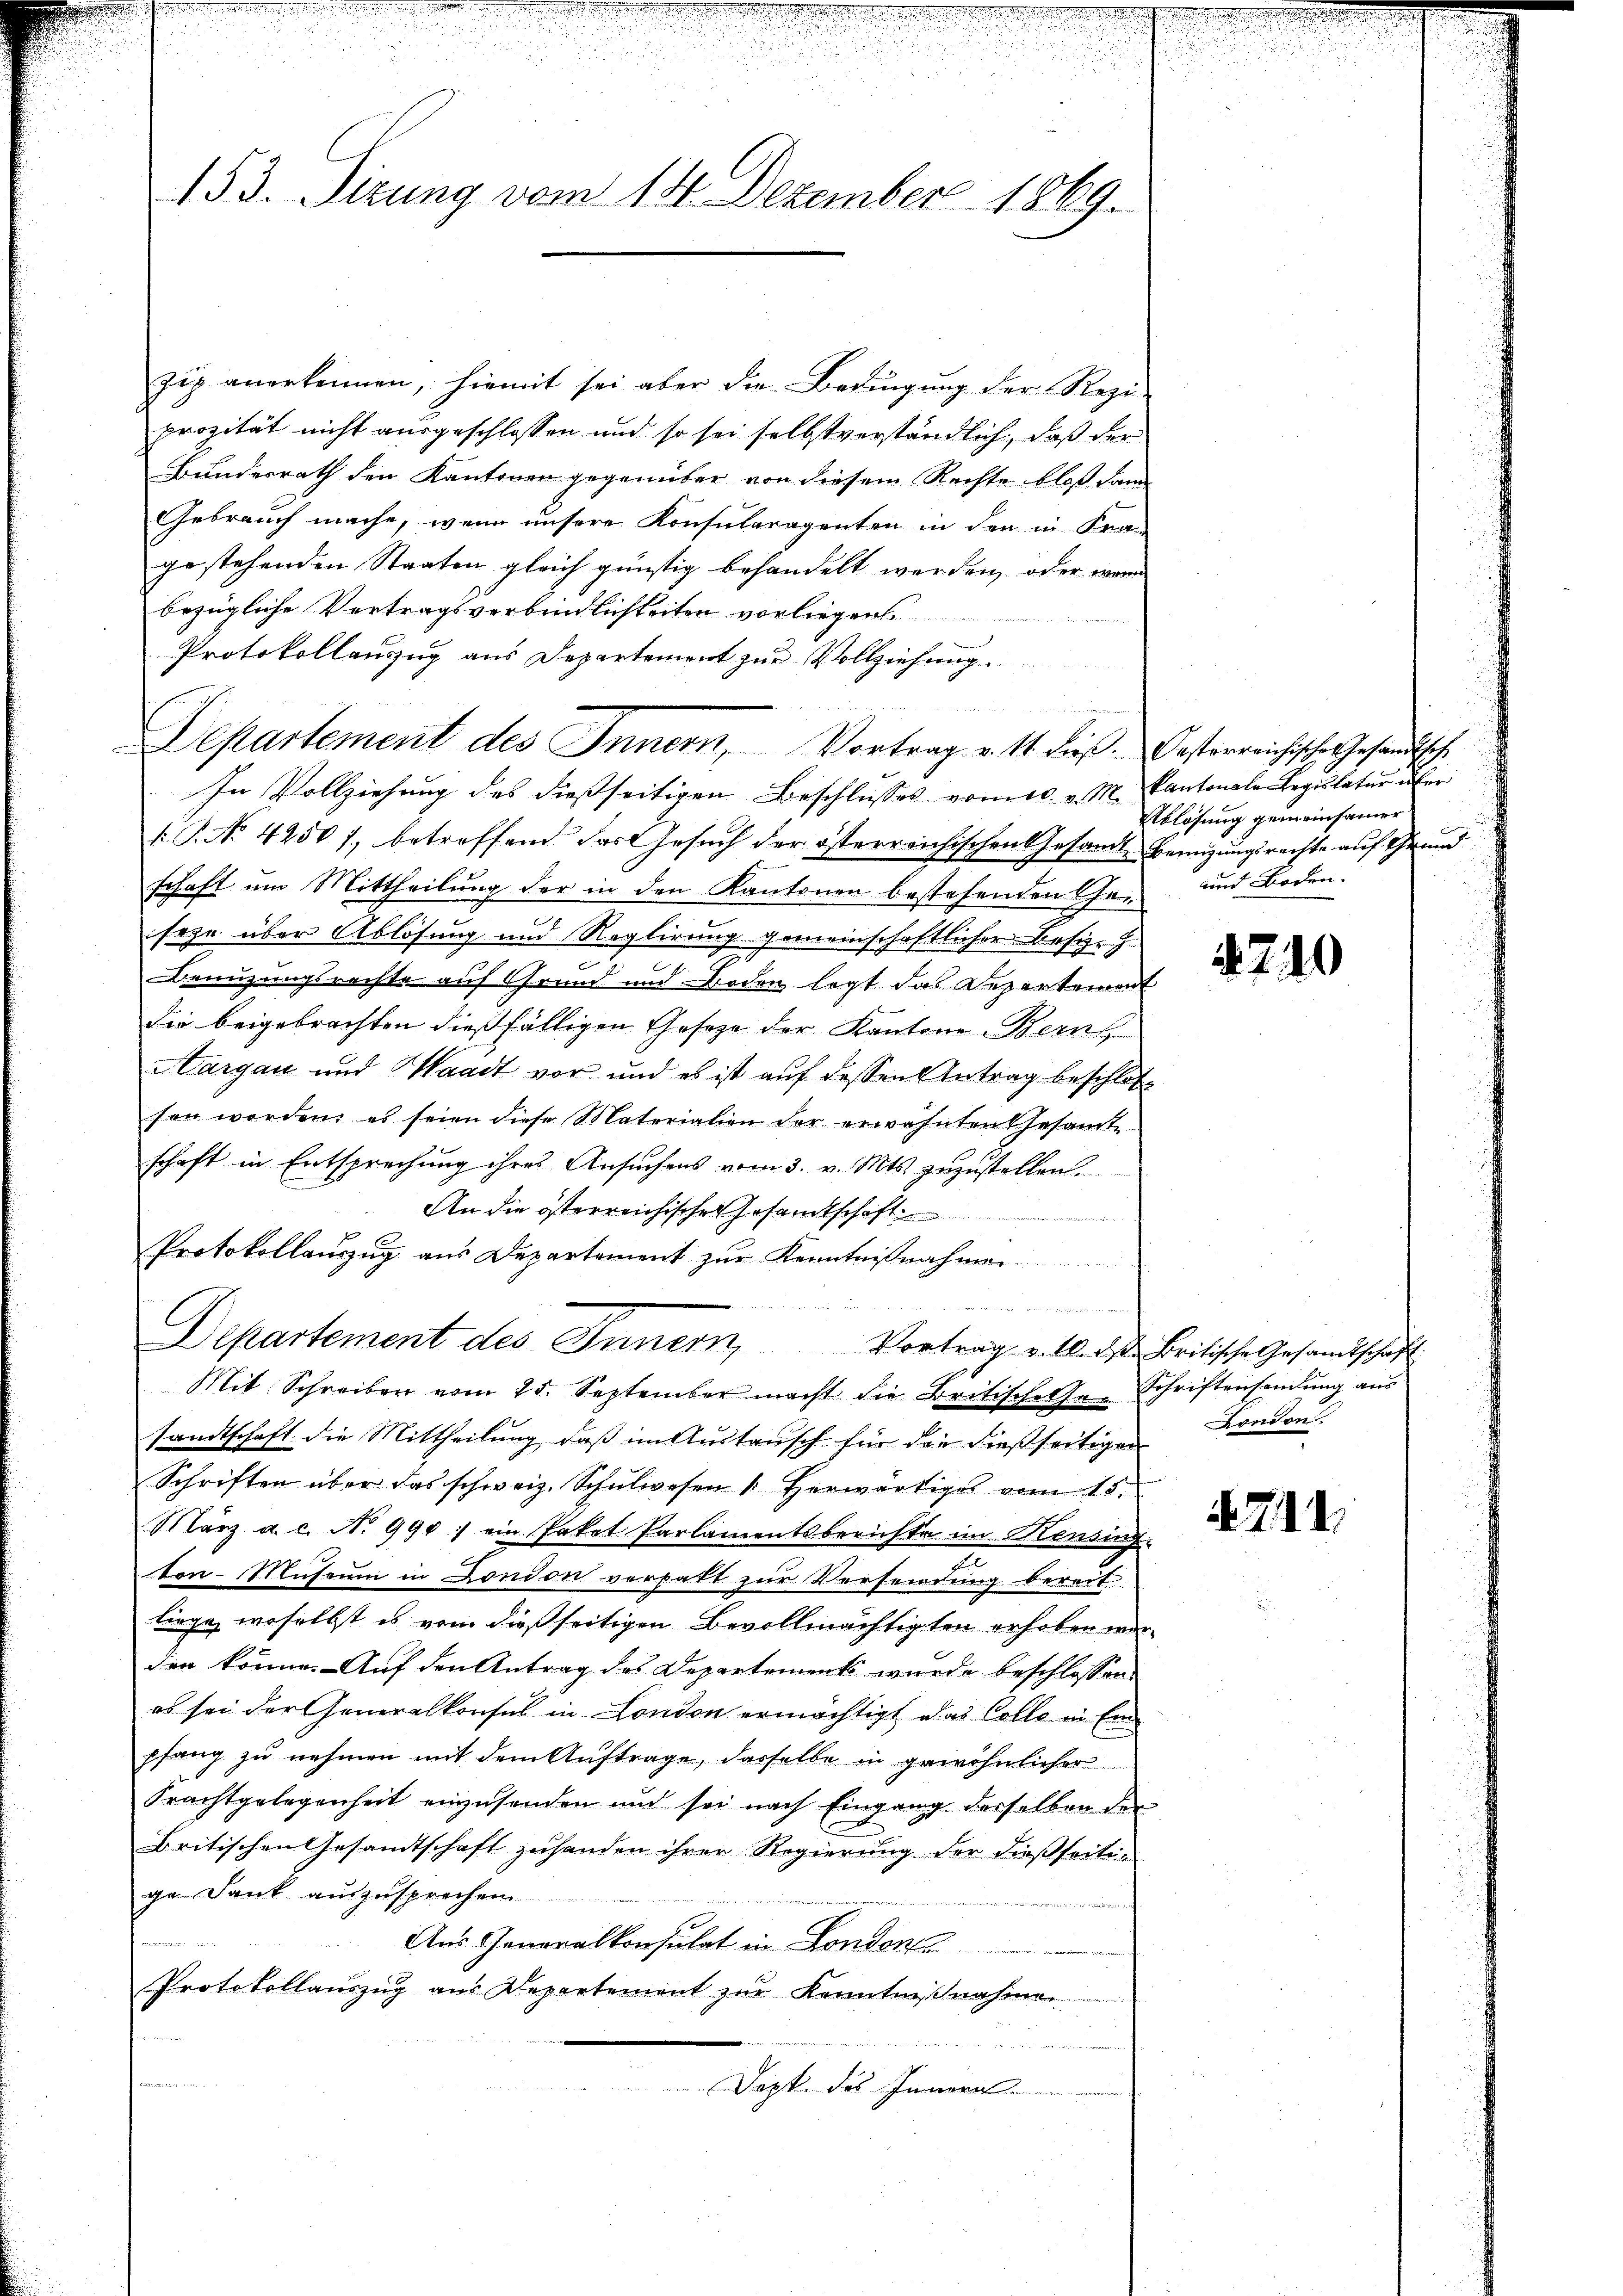
153. Sizung vom 18. Dezember 1869.

zig anerkennen, hiemit sei aber die Bedingung der Rezi-
prozität nicht ausgeschlossen und so sei selbstverständlich, daß der
Bundesrath den Kantonen gegenüber von diesem Rechte bloß dann
Gebrauch mache, wenn unsere Konsularagenten in den in Fra-
gestehenden Staaten gleich günstig behandelt werden, oder wenn
bezügliche Vertragsverbindlichkeiten vorliegens
Protokollanzug aus Departement zur Vollziehung
In Vollziehung des dießseitigen Beschlusses vom 10. v. M. Kantonale Regulatur über
1.P. No 42501, betreffend das Gesuch der österreichischen Gesandte Bemühungsrechte auf Grund
schaft um Mittheilung der in den Kantonen bestehenden Geseze über Ablösung und Reglirung gemeinschaftlicher Besizeg
Benuzungsrechte auf Grund und Boden legt das Repartement
die beigebrachten dießfälligen Gesetze der Kantone Bern
Aargau und Waadt vor und es ist auf dessen Antrag beschlos
sen worden, es seien diese Materialien der erwähnten Gesamte
schaft in Entsprechung ihres Ansuchens vom 3. v. Mts. zuzustellen.
An die österreichisches Gesamtschaft
Protokollauszug aus Departement zur Kenntnißnahmen
E
Departement des Innern,
Vortrag v. 10. ds Britische Gesandtschaft.
Mit Schreiben vom 25. September macht die Britischelse Schriftenhandlung aus
sandtschaft die Mittheilung, daß im Austausch für die dießseitigen
Schriften über das schweiz. Schulwesen /: herwärtiges vom 15.
März a. c. N. 990: ein Paket Parlamentsberichte im Heusinge
2
ton-Museum in London vorfalt zur Versendung dereit
liege, woselbst es vom dießseitigen Bevollmächtigten erhoben worden könne. Auf den Antrag des Departements wurde beschlossen
es sei der Generalkonsul in London ermächtigt das Colle in Einpfang zu nehmen mit dem Auftrage, dasselbe in gewöhnlicher
Frachtgelegenheit einzusenden und sei nach Eingang derselben der
Britischen Gesandtschaft zuhanden ihrer Regierung der dießseitige. Dank auszusprechen
Aus Generalkonsulat in Londente
Protokollauszug aus Departement zur Kenntnißnahmen
Dapt. des Innen.

Departement des Innern, Vortrag v. 11. dieß. Oesterreichische Gesandtsche

Ablösung gemeinsamer
und Boden.

240

London.

714.